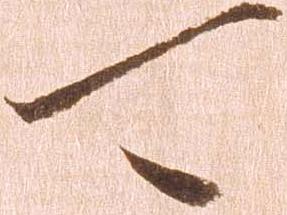
可